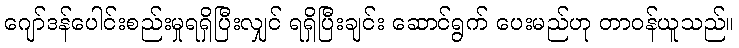
ဂျော်ဒန်ပေါင်းစည်းမှုရရှိပြီးလျှင် ရရှိပြီးချင်း ဆောင်ရွက် ပေးမည်ဟု တာဝန်ယူသည်။